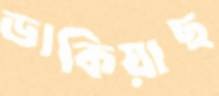
ডাকিয়াছ